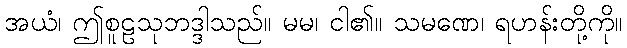
အယံ၊ ဤစူဠသုဘဒ္ဒါသည်။ မမ၊ ငါ၏။ သမဏေ၊ ရဟန်းတို့ကို။